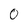
Character: 0